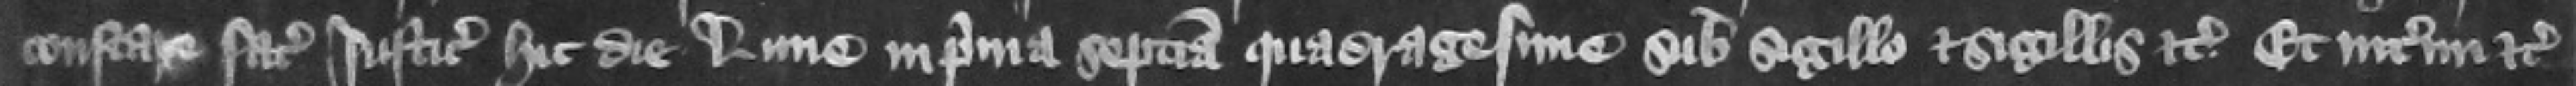
constare faciat iusticiaris hic die Lune in prima septimana Quadragesime sub sigillo et sigillis etc. Etinterim etc.